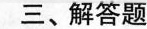
三、解答题